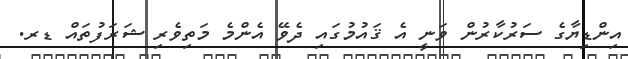
އިންޑިޔާގެ ސަރުކާރުން ވަނީ އެ ޤައުމުގައި ދެވޭ އެންމެ މަތިވެރި ޝަރަފުތައް ޑރ.